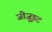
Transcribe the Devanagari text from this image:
जीजु़इट